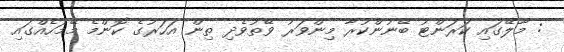
: މާލޭގައި ކަރަންޓު ބޭނުންކުރާ މިންވަރު ވޭތުވެދި ތިން އަހަރުގެ ކޮންމެ މޭމަހެއްގައި